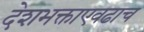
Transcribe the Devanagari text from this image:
देशभक्ताएवढाच